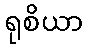
ရုစိယာ